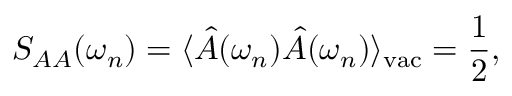
S _ { A A } ( \omega _ { n } ) = \langle \hat { A } ( \omega _ { n } ) \hat { A } ( \omega _ { n } ) \rangle _ { \mathrm { v a c } } = \frac { 1 } { 2 } ,